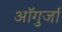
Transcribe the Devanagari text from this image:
ऑगुर्जा